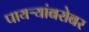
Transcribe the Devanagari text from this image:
पायऱ्यांबरोबर